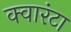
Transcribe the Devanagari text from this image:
क्वारंटा